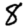
Digit: 8